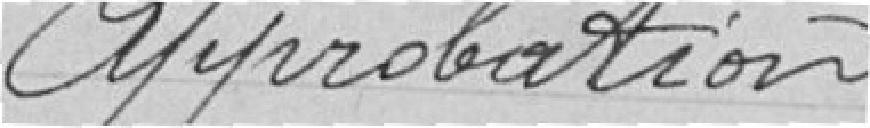
Approbation.